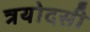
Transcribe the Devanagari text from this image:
त्रयोदसी